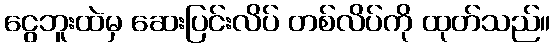
ငွေဘူးထဲမှ ဆေးပြင်းလိပ် တစ်လိပ်ကို ထုတ်သည်။